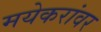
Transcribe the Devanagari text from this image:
मयेकरांवर